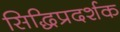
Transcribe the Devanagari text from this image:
सिद्धिप्रदर्शक